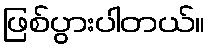
ဖြစ်ပွားပါတယ်။